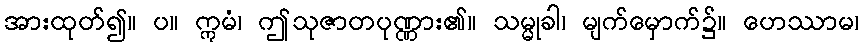
အားထုတ်၍။ ပ။ ဣမံ၊ ဤသုဇာတပုဏ္ဏား၏။ သမ္မုခါ၊ မျက်မှောက်၌။ ဟေဿာမ၊